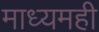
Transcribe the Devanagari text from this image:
माध्यमही